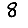
Digit: 8